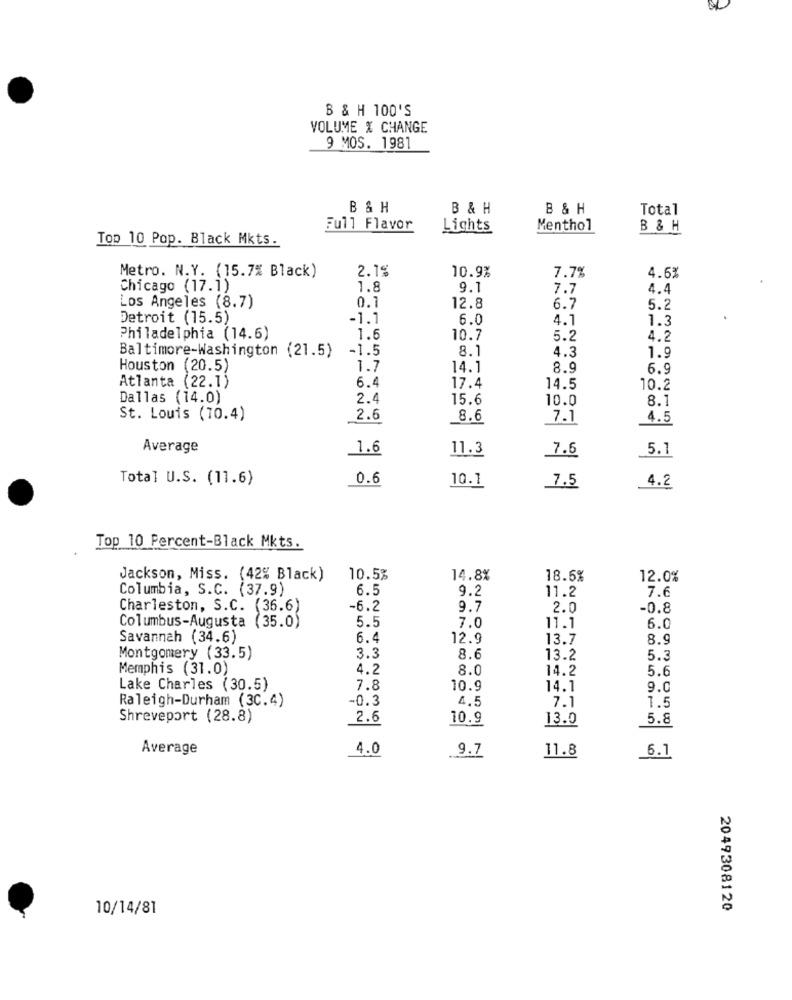
B & H 100'S
VOLUME % CHANGE
9 MOS. 1981
B & H
B & H
B &H
Total
Full Flavor
Lights
Menthol
B & H
Top 10 Pop. Black Mkts.
Metro. N.Y. (15.7% Black)
2.15
10.9%
7.7%
4.6%
Chicago (17.1)
1.8
9.1
7.7
1.4
Los Angeles (8.7)
0.1
12.8
6.7
5.2
Detroit (15.5)
-1.1
6.0
4.1
1.3
Philadelphia (14.6)
1.6
10.7
5.2
4.2
-1.5
8.1
4.3
Baltimore-Washington (21.5)
1.9
Houston (20.5)
1.7
14.1
8.9
6.9
Atlanta (22.1)
6.4
17.4
14.5
10.2
Dallas (14.0)
2.4
15.6
10.0
8.1
St. Louis (10.4)
2.6
8.6
7.1
4.5
Average
1.6
11.3
7.6
5.1
Total U.S. (11.6)
0.6
10.1
7.5
4.2
Top 10 Percent-Black Mkts.
Jackson, Miss. (42% Black)
10.5%
14.8%
18.5%
12.0%
Columbia, S.C. (37.9)
6.5
9.2
11.2
7.6
Charleston, S.C. (36.6)
-6.2
9.7
2.0
-0.8
5.5
Columbus-Augusta (35.0)
7.0
11.1
6.0
Savannah (34.6)
6.4
12.9
13.7
8.9
Montgomery (33.5)
3.3
8.6
13.2
5.3
Memphis (31.0)
4.2
8.0
14.2
5.6
Lake Charles (30.5)
7.8
10.9
14.1
9.0
-0.3
4.5
7.1
1.5
Raleigh-Durham (3C.4)
Shreveport (28.8)
2.6
10.9
13.0
5.8
Average
4.0
9.7
11.8
_6.1
10/14/81
2049308120